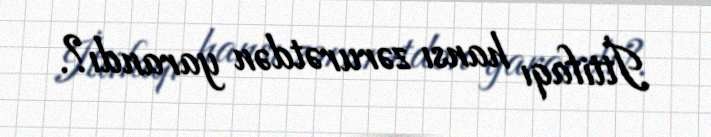
İttifaqı hansı zərurətdən yarandı?.